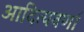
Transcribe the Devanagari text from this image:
आदित्यवर्णा